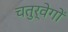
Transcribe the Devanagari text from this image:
चतुर्वेगों